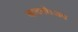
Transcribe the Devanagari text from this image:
वाटतो।जय